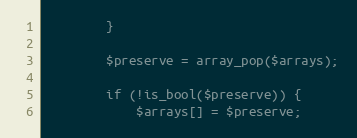
Language: PHP
        }

        $preserve = array_pop($arrays);

        if (!is_bool($preserve)) {
            $arrays[] = $preserve;